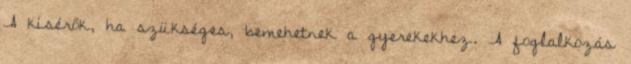
A kísérők, ha szükséges, bemehetnek a gyerekekhez. A foglalkozás